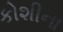
કોશીના